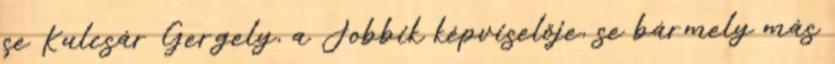
se Kulcsár Gergely, a Jobbik képviselője, se bármely más